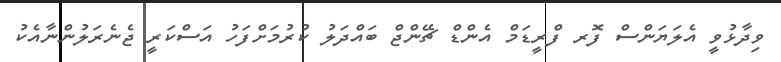
ވިދާޅުވީ އެލަޔަންސް ފޮރ ފްރީޑަމް އެންޑް ޗޭންޖް ބައްދަލު ކުރުމަށްފަހު އަސްކަރީ ޖެނެރަލުންނާއެކު